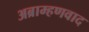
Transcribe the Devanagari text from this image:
अब्राम्हणवाद